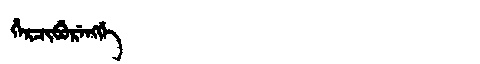
Manchu: ᡥᡝᡵᠴᡳᠪᡠᡵᡝᠩᡤᡝ
Romanization: HERCIBURENGGE